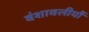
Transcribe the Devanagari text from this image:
वंशावलीयौं